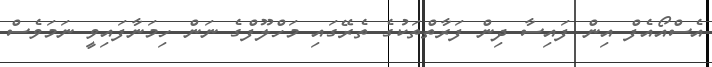
އެސްއޯއެފް އިން ފައިސާ ދިން ފަރާތްތަކުގެ ތެރޭގައި މަހްލޫފްގެ ނަން ހިމަނާފައިވީ ނަމަވެސް